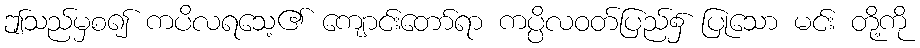
ဤသည်မှစ၍ ကပိလရသေ့၏ ကျောင်းတော်ရာ ကပ္ပိလဝတ်ပြည်၌ ပြုသော မင်း တို့ကို